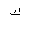
Letter: _kaf